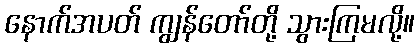
နောက်အပတ် ကျွန်တော်တို့ သွားကြမလို့။